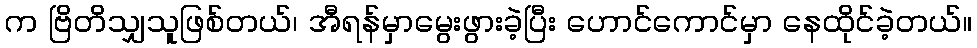
က ဗြိတိသျှသူဖြစ်တယ်၊ အီရန်မှာမွေးဖွားခဲ့ပြီး ဟောင်ကောင်မှာ နေထိုင်ခဲ့တယ်။